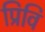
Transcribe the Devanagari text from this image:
प्रिवि